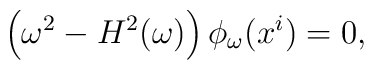
\left(\omega^2-H^2(\omega)\right)\phi_\omega(x^i)=0,